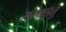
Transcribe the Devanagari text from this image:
संस्कइतु